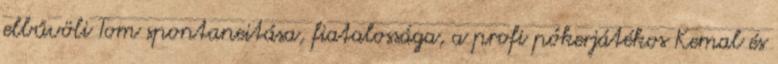
elbűvöli Tom spontaneitása, fiatalossága, a profi pókerjátékos Kemal és